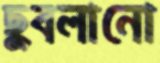
ছুবলানো